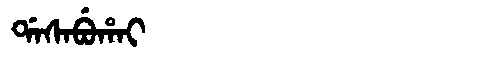
Manchu: ᡩᠠᠰᠠᠪᡠᡥᠠᡳ
Romanization: DASABUHAI